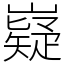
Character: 嶷